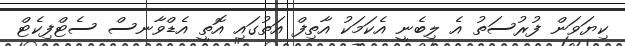
ކިޔަވަން ފުރުސަތު އެ ލިބެނީ އެކަމަކު އާތިފް އަތުގައި އޮތީ އެޑްވާނސް ސެޓްފިކެޓް